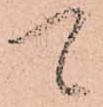
可